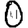
Digit: 0